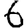
Digit: 6